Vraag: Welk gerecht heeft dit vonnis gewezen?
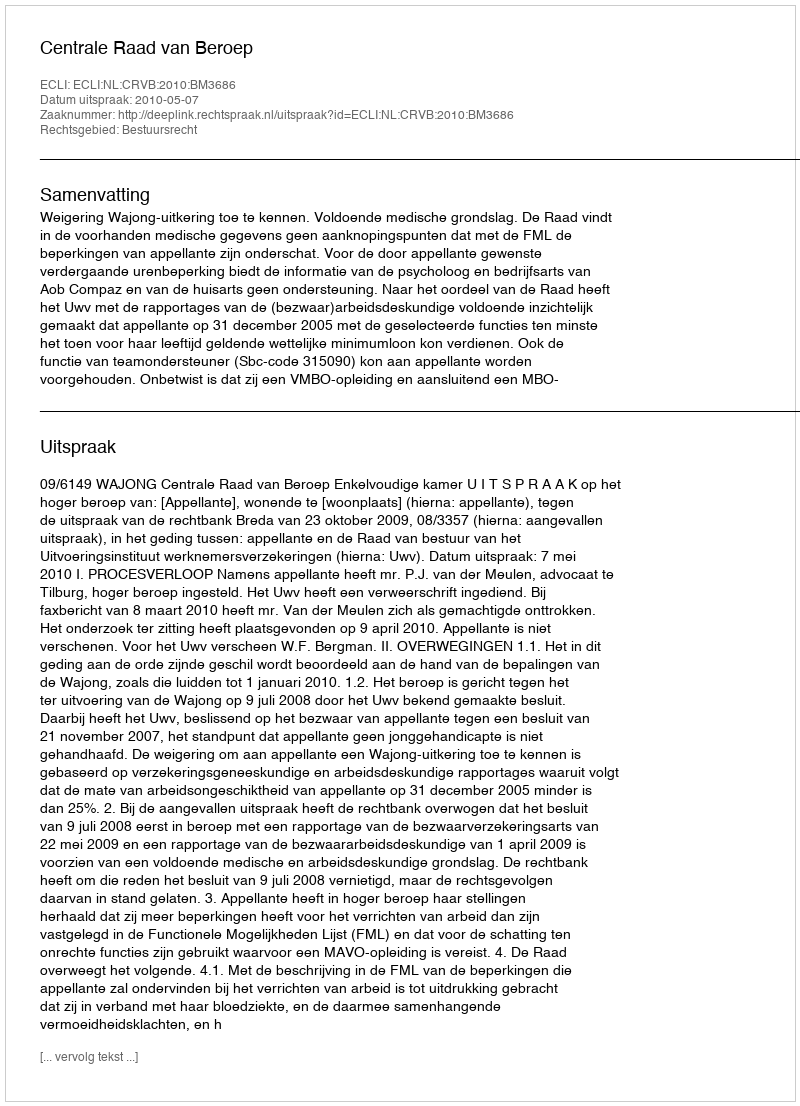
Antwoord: Centrale Raad van Beroep